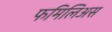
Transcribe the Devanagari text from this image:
फमिलिअस